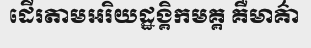
ដើរតាមអរិយដ្ឋង្គិកមគ្គ គឺមាគ៌ា